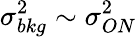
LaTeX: \sigma_{bkg}^{2}\sim\sigma_{ON}^{2}